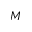
M